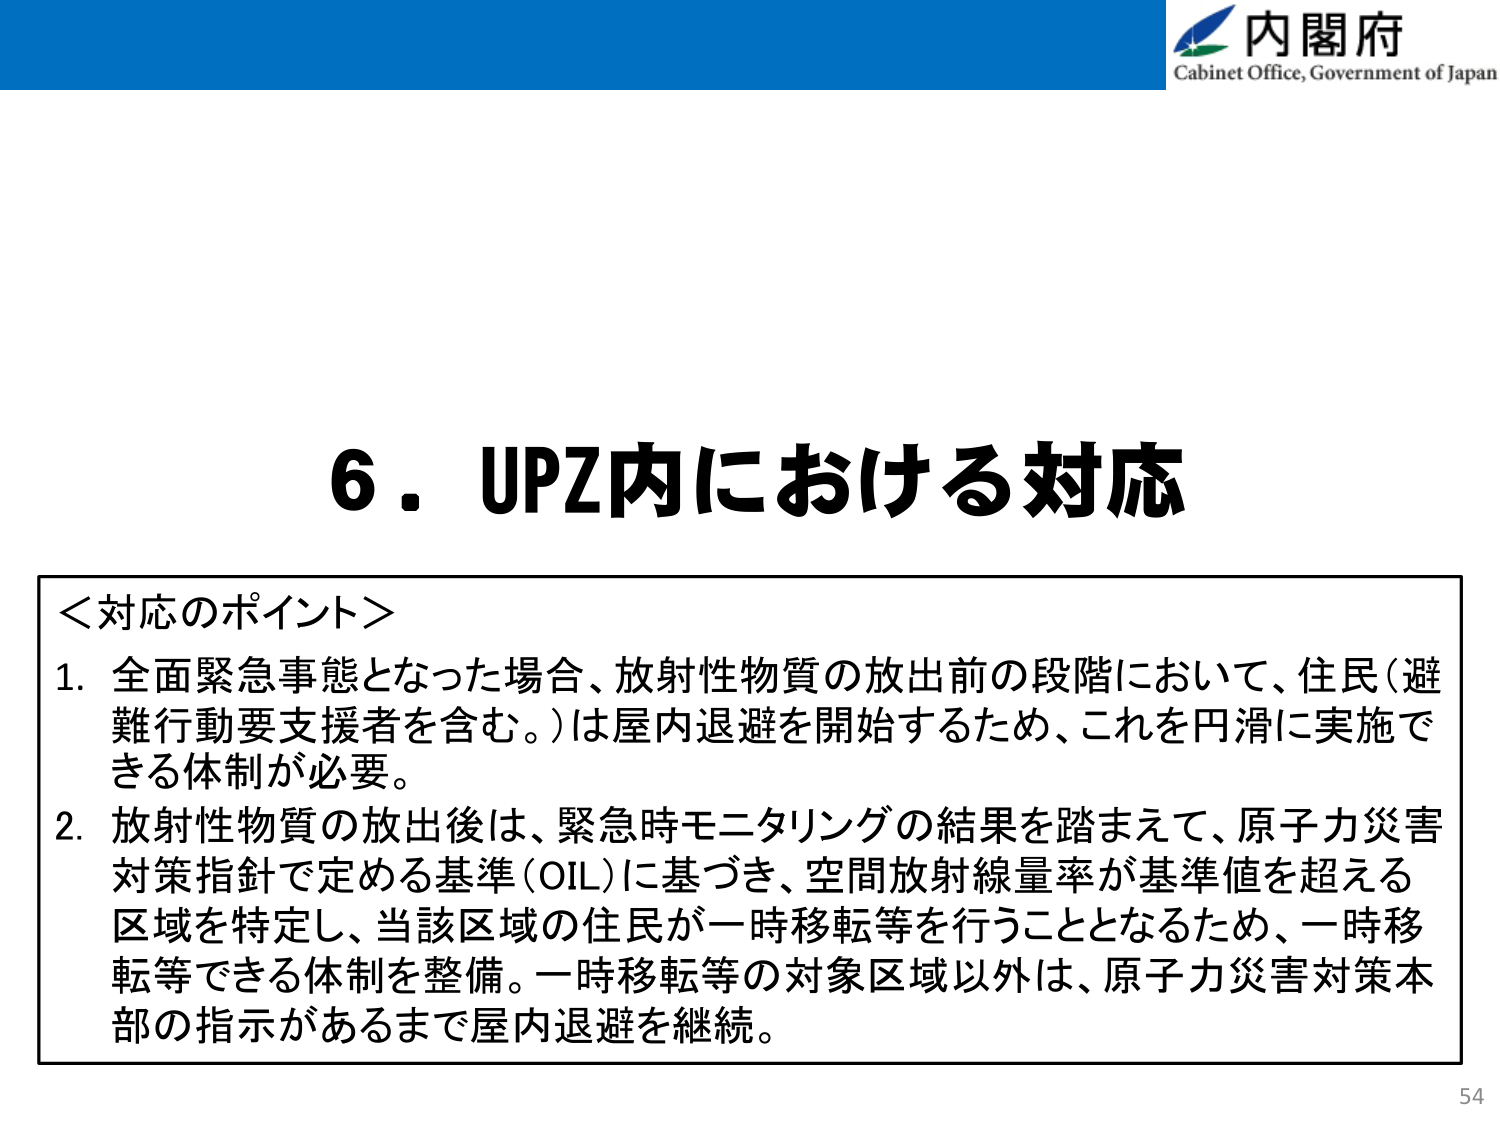
内閣府
Cabinet Office, Government of Japan

6．UPZ内における対応

＜対応のポイント＞
1. 全面緊急事態となった場合、放射性物質の放出前の段階において、住民（避難行動要支援者を含む。）は屋内退避を開始するため、これを円滑に実施できる体制が必要。
2. 放射性物質の放出後は、緊急時モニタリングの結果を踏まえて、原子力災害対策指針で定める基準（OIL）に基づき、空間放射線量率が基準値を超える区域を特定し、当該区域の住民が一時移転等を行うこととなるため、一時移転等できる体制を整備。一時移転等の対象区域以外は、原子力災害対策本部の指示があるまで屋内退避を継続。

54